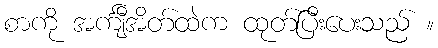
စာကို အင်္ကျီအိတ်ထဲက ထုတ်ပြီးပေးသည် ။